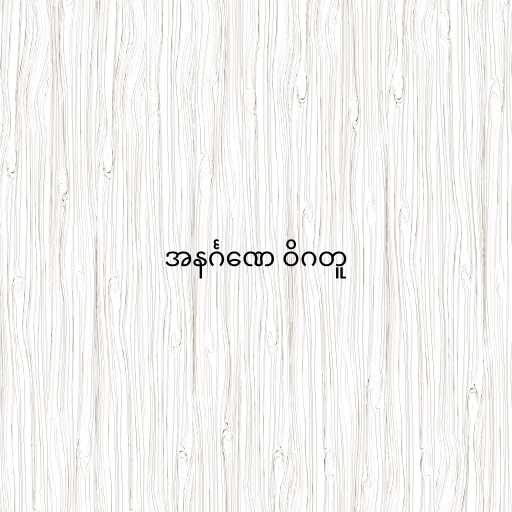
အနင်္ဂဏေ ဝိဂတူ